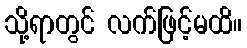
သို့ရာတွင် လက်ဖြင့်မထိ။